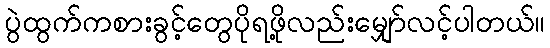
ပွဲထွက်ကစားခွင့်တွေပိုရဖို့လည်းမျှော်လင့်ပါတယ်။